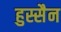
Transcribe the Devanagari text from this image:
हुस्सैन